Source: Handwritten
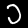
Digit: ၁ (1)